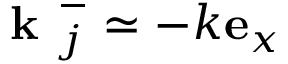
\textbf { k } _ { j } ^ { - } \simeq - k \mathbf { e } _ { x }